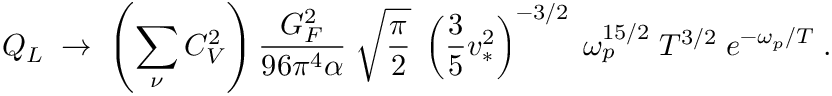
{ Q _ { L } \; \rightarrow \; \left( \sum _ { \nu } C _ { V } ^ { 2 } \right) { \frac { G _ { F } ^ { 2 } } { 9 6 \pi ^ { 4 } \alpha } } \; \sqrt { { \frac { \pi } { 2 } } } \; \left( { \frac { 3 } { 5 } } v _ { * } ^ { 2 } \right) ^ { - 3 / 2 } \; \omega _ { p } ^ { 1 5 / 2 } \; T ^ { 3 / 2 } \; e ^ { - \omega _ { p } / T } \; . }